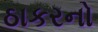
ઠાકરનો